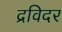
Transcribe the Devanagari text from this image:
द्रविदर